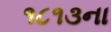
૧૮૧૩ના